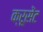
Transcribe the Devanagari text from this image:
क्रूसेंट